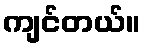
ကျင်တယ်။